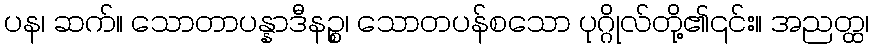
ပန၊ ဆက်။ သောတာပန္နာဒီနဉ္စ၊ သောတပန်စသော ပုဂ္ဂိုလ်တို့၏၎င်း။ အညတ္ထ၊